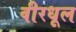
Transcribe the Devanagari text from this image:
वीरधूल